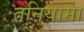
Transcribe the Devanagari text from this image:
तनियामा